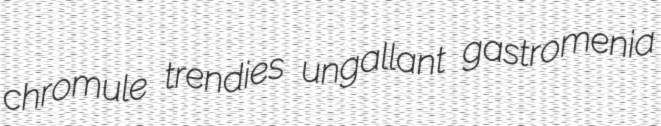
chromule trendies ungallant gastromenia